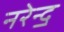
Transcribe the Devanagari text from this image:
नरेन्द॒